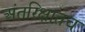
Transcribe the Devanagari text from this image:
अंतरिक्षातच